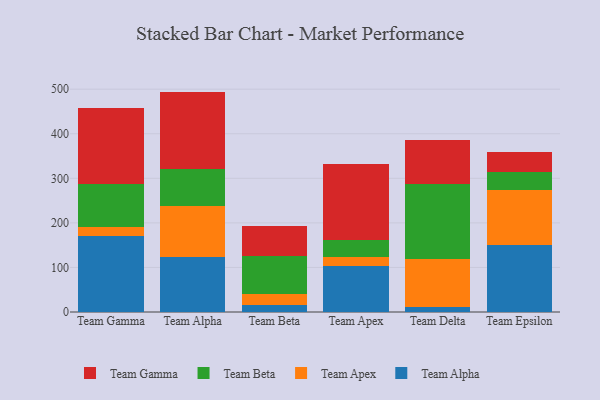
{"axis": {"x": "Team", "y": "Demand Index"}, "legend": ["Team Alpha", "Team Apex", "Team Beta", "Team Gamma"], "data": [{"x": "Team Gamma", "y": 171.5, "type": "Team Alpha"}, {"x": "Team Gamma", "y": 18.8, "type": "Team Apex"}, {"x": "Team Gamma", "y": 97.6, "type": "Team Beta"}, {"x": "Team Gamma", "y": 169.5, "type": "Team Gamma"}, {"x": "Team Alpha", "y": 122.4, "type": "Team Alpha"}, {"x": "Team Alpha", "y": 116.2, "type": "Team Apex"}, {"x": "Team Alpha", "y": 82.0, "type": "Team Beta"}, {"x": "Team Alpha", "y": 174.0, "type": "Team Gamma"}, {"x": "Team Beta", "y": 15.6, "type": "Team Alpha"}, {"x": "Team Beta", "y": 25.1, "type": "Team Apex"}, {"x": "Team Beta", "y": 85.5, "type": "Team Beta"}, {"x": "Team Beta", "y": 67.8, "type": "Team Gamma"}, {"x": "Team Apex", "y": 104.2, "type": "Team Alpha"}, {"x": "Team Apex", "y": 19.9, "type": "Team Apex"}, {"x": "Team Apex", "y": 38.5, "type": "Team Beta"}, {"x": "Team Apex", "y": 170.6, "type": "Team Gamma"}, {"x": "Team Delta", "y": 11.0, "type": "Team Alpha"}, {"x": "Team Delta", "y": 108.0, "type": "Team Apex"}, {"x": "Team Delta", "y": 168.6, "type": "Team Beta"}, {"x": "Team Delta", "y": 99.5, "type": "Team Gamma"}, {"x": "Team Epsilon", "y": 149.3, "type": "Team Alpha"}, {"x": "Team Epsilon", "y": 124.6, "type": "Team Apex"}, {"x": "Team Epsilon", "y": 40.6, "type": "Team Beta"}, {"x": "Team Epsilon", "y": 44.4, "type": "Team Gamma"}]}